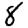
Digit: 8